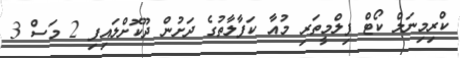
ކްރިމިނަލް ކޯޓް ފިލްމީތަރި މުއާ ކަފާލާތުގެ ދަށުން ދޫކޮށްލައިފި 2 މަސް 3